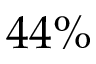
4 4 \%